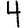
Digit: 4